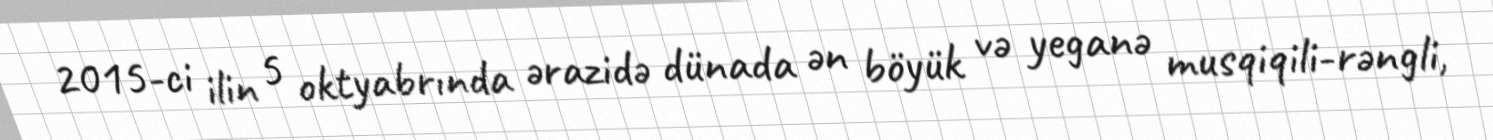
2015-ci ilin 5 oktyabrında ərazidə dünada ən böyük və yeganə musqiqili-rəngli,